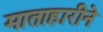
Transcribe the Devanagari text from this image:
माताहारीने